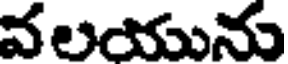
వలయును